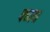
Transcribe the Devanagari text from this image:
फ्घ्फ्घ